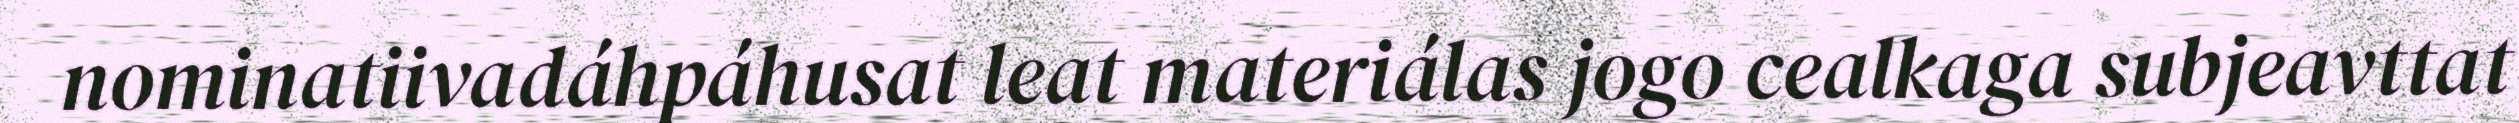
nominatiivadáhpáhusat leat materiálas jogo cealkaga subjeavttat